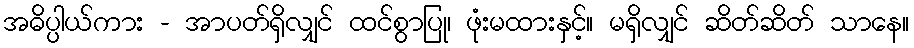
အဓိပ္ပါယ်ကား - အာပတ်ရှိလျှင် ထင်စွာပြု၊ ဖုံးမထားနှင့်။ မရှိလျှင် ဆိတ်ဆိတ် သာနေ။